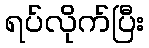
ရပ်လိုက်ပြီး